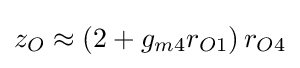
z_{O}\approx \left(2+g_{m4}r_{O1}\right)r_{O4}